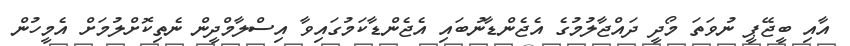
އާއި ބީޖޭޕީ ނުވަތަ މޯދީ ދައްޖާލުމުގެ އެޖެންޑާނުބައި އެޖެންޑާކަމުގައިވާ އިސްލާމްދީން ނެތިކޮށްލުމަށް އެމީހުން